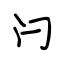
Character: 闩